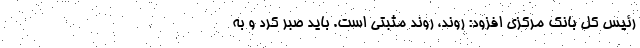
رئیس کل بانک مرکزی افزود: روند، روند مثبتی است. باید صبر کرد و به